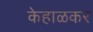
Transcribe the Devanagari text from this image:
केहाळकर